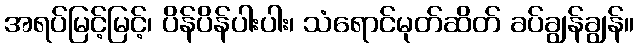
အရပ်မြင့်မြင့်၊ ပိန်ပိန်ပါးပါး၊ သံရောင်မုတ်ဆိတ် ခပ်ချွန်ချွန်။